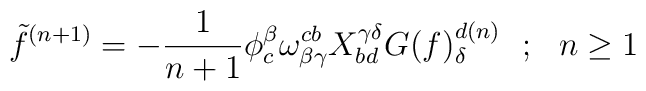
\tilde f^{(n+1)}=-{1\over{n+1}}\phi_{c}^{\beta }\omega ^{cb}_{\beta \gamma }X_{bd}^{\gamma \delta }G(f)^{d(n)}_\delta ~~;~~n\ge 1